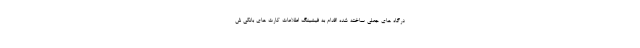
درگاه های جعلی ساخته شده اقدام به فیشینگ اطلاعات کارت های بانکی ش